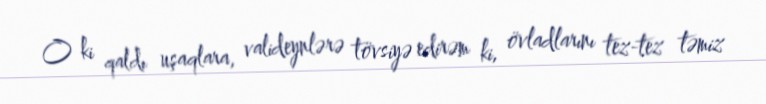
O ki qaldı uşaqlara, valideynlərə tövsiyə edirəm ki, övladlarını tez-tez təmiz